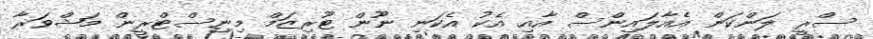
ސްރީ ލަންކަން އެއާލައިންސް އާއި އެކު އެކަނި ނޫން ޓޫރިޒަމް މިނިސްޓްރީން މަޝްވަރާ